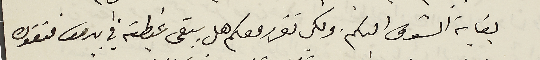
بغاية الشوق اليكم. ولكي نقرر معكم هل يبقى غبطته في بيروت فتقوده